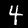
Digit: 4